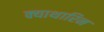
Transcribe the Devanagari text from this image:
क्याथारिन